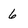
Character: 6